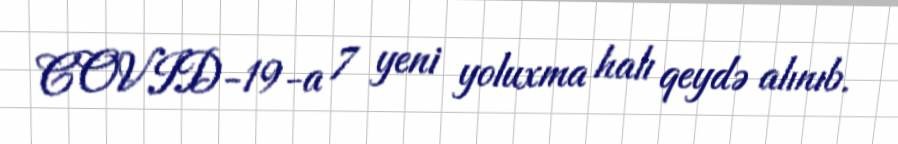
COVID-19-a 7 yeni yoluxma halı qeydə alınıb.